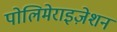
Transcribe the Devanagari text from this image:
पोलिमेराइज़ेशन